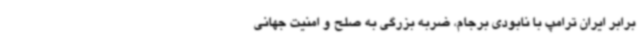
برابر ایران ترامپ با نابودی برجام، ضربه بزرگی به صلح و امنیت جهانی